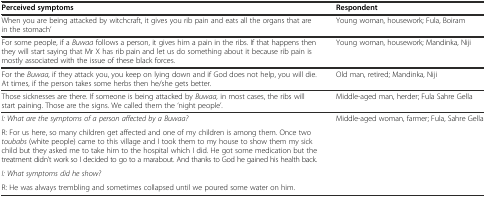
<table><thead><tr><td><b>Perceived symptoms</b></td><td><b>Respondent</b></td></tr></thead><tbody><tr><td>When you are being attacked by witchcraft, it gives you rib pain and eats all the organs that are in the stomach’</td><td>Young woman, housework; Fula, Boiram</td></tr><tr><td>For some people, if a <i>Buwaa</i> follows a person, it gives him a pain in the ribs. If that happens then they will start saying that Mr X has rib pain and let us do something about it because rib pain is mostly associated with the issue of these black forces.</td><td>Young woman, housework; Mandinka, Niji</td></tr><tr><td>For the <i>Buwaa</i>, if they attack you, you keep on lying down and if God does not help, you will die. At times, if the person takes some herbs then he/she gets better.</td><td>Old man, retired; Mandinka, Niji</td></tr><tr><td>Those sicknesses are there. If someone is being attacked by <i>Buwaa,</i> in most cases, the ribs will start paining. Those are the signs. We called them the ‘night people’.</td><td>Middle-aged man, herder; Fula Sahre Gella</td></tr><tr><td><i>I: What are the symptoms of a person affected by a Buwaa?</i></td><td rowspan="4">Middle-aged woman, farmer; Fula, Sahre Gella</td></tr><tr><td>R: For us here, so many children get affected and one of my children is among them. Once two <i>toubabs</i> (white people) came to this village and I took them to my house to show them my sick child but they asked me to take him to the hospital which I did. He got some medication but the treatment didn’t work so I decided to go to a marabout. And thanks to God he gained his health back.</td></tr><tr><td><i>I: What symptoms did he show?</i></td></tr><tr><td>R: He was always trembling and sometimes collapsed until we poured some water on him.</td></tr></tbody></table>